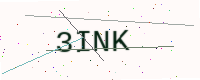
Text: 3INK